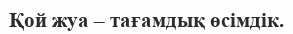
Қой жуа – тағамдық өсімдік.